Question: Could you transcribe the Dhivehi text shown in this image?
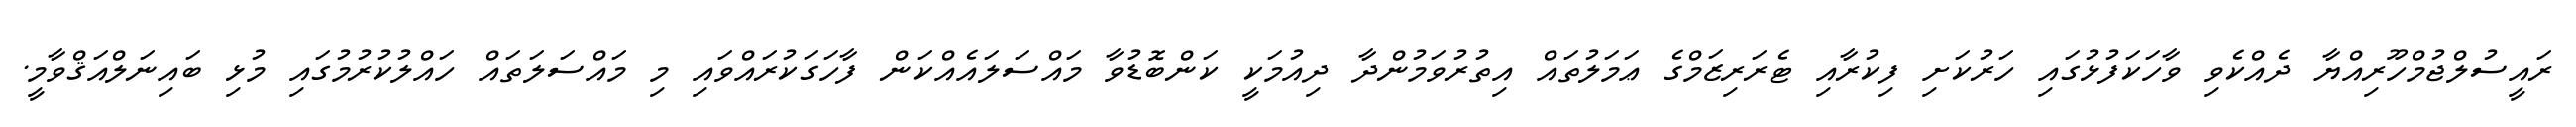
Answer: ރައީސުލްޖުމްހޫރިއްޔާ ދެއްކެވި ވާހަކަފުޅުގައި ހަރުކަށި ފިކުރާއި ޓެރަރިޒަމްގެ ޢަމަލުތައް އިތުރުވަމުންދާ ދިއުމަކީ ކަންބޮޑުވާ މައްސަލައެއްކަން ފާހަގަކުރައްވައި މި މައްސަލަތައް ހައްލުކުރުމުގައި މުޅި ބައިނަލްއަޤްވާމީ.